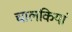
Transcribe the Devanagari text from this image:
चालकियां